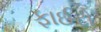
ફાઈટો